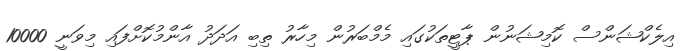
އިލެކްޝަންސް ކޮމިޝަނުން ޕާޓީތަކުގައި މެމްބަރުން މިހާރު ތިބި އަދަދު އާންމުކޮށްފައި މިވަނީ 10000